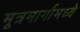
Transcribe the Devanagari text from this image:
मूत्रमार्गामध्ये